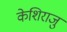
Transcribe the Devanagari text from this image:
केशिराजु